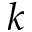
k